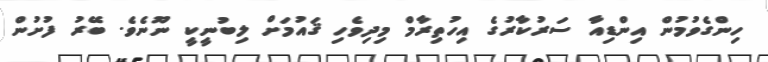
ހިންގެވުމުން އިންޑިއާ ސަރުކާރުގެ އިހުތިރާމް މިދިވެހި ޤައުމަށް ލިބުނީކީ ނޫނެވެ. ބޭރު ފުށުން